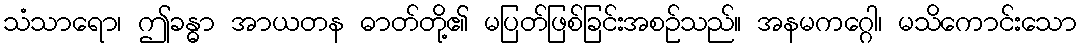
သံသာရော၊ ဤခန္ဓာ အာယတန ဓာတ်တို့၏ မပြတ်ဖြစ်ခြင်းအစဉ်သည်။ အနမကဂ္ဂေါ၊ မသိကောင်းသော